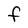
Character: f